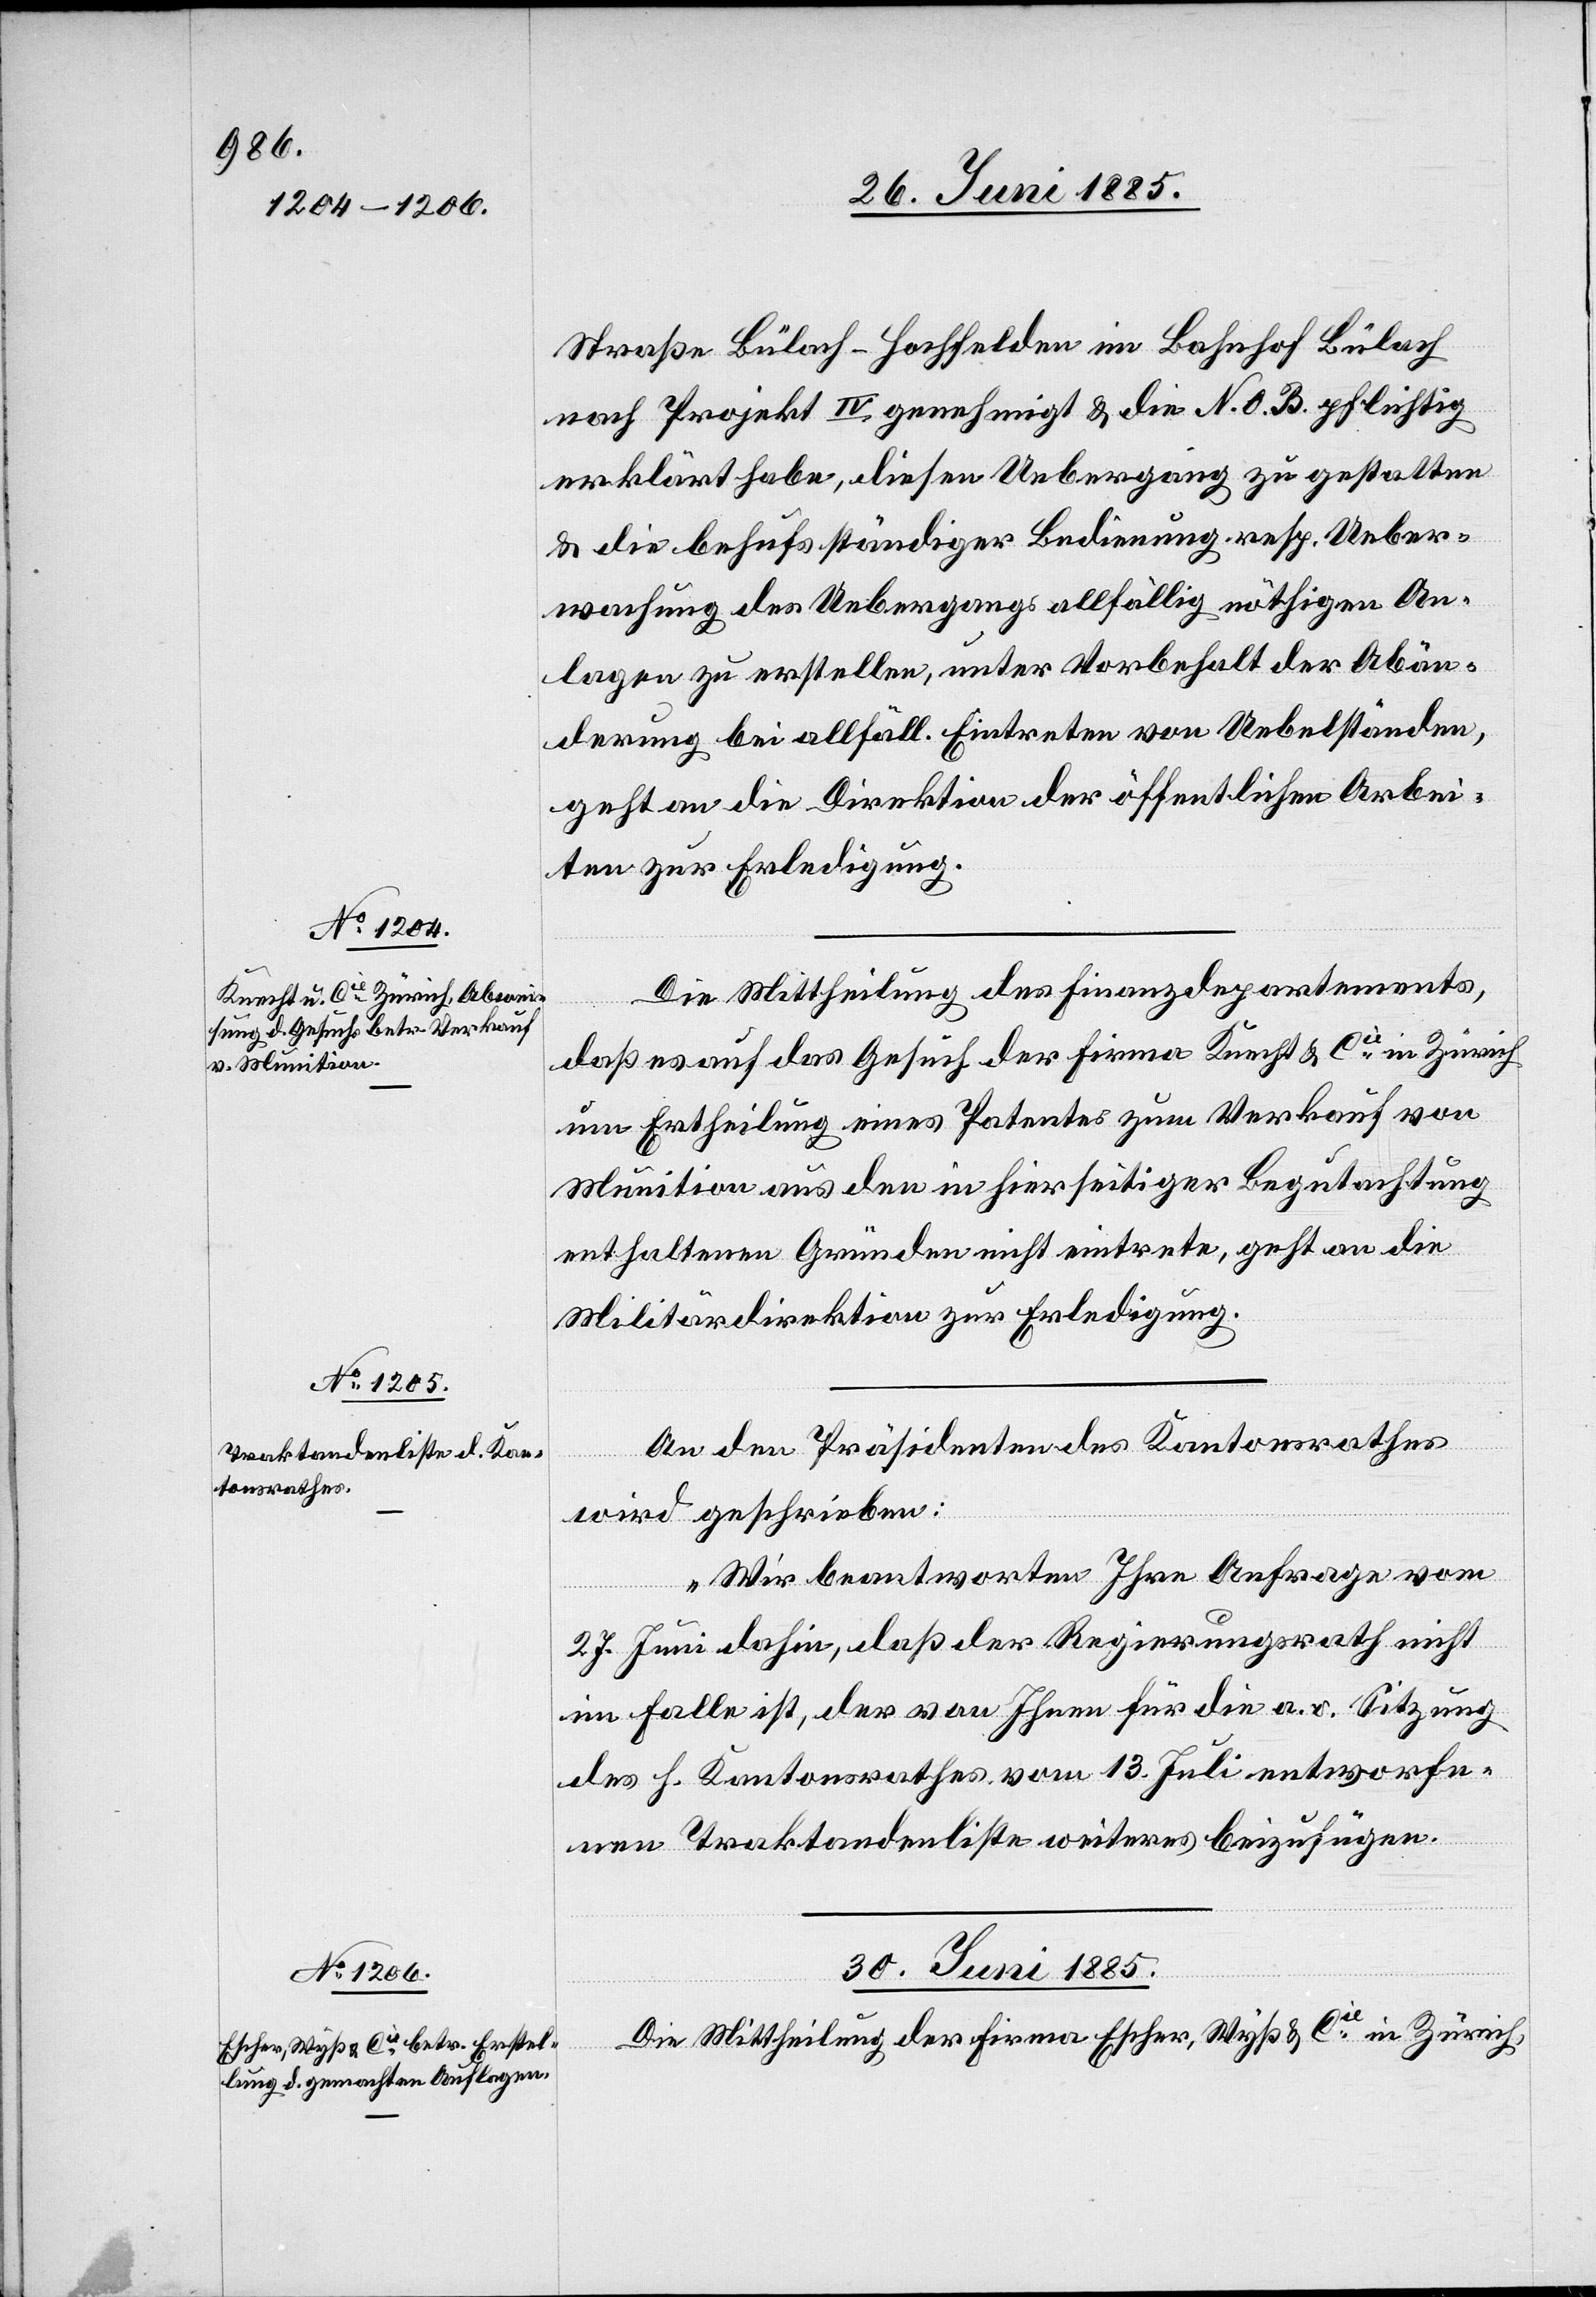
29. Juni 1885.]
Straße Bülach–Hochfelden im Bahnhof Bülach
nach Projekt IV genehmigt & die N. O. B. pflichtig
erklärt habe, diesen Uebergang zu gestatten
& die behufs ständiger Bedienung resp. Ueber¬
wachung des Uebergangs allfällig nöthigen An¬
lagen zu erstellen, unter Vorbehalt der Abän¬
derung bei allfäll. Eintreten von Uebelständen,
geht an die Direktion der öffentlichen Arbei¬
ten zur Erledigung.
Die Mittheilung des Finanzdepartements,
daß es auf das Gesuch der Firma Knecht & Cie in Zürich
um Ertheilung eines Patentes zum Verkauf von
Munition aus den in hierseitiger Begutachtung
enthaltenen Gründen nicht eintrete, geht an die
Militärdirektion zur Erledigung.
An den Präsidenten des Kantonsrathes
wird geschrieben:
„Wir beantworten Ihre Anfrage vom
27. Juni dahin, daß der Regierungsrath nicht
im Falle ist, der von Ihnen für die a. o. Sitzung
des h. Kantonsrathes vom 13. Juli entworfe¬
nen Traktandenliste weiteres beizufügen.
30. Juni 1885.
Die Mittheilung der Firma Escher, Wyß & Cie in Zürich,